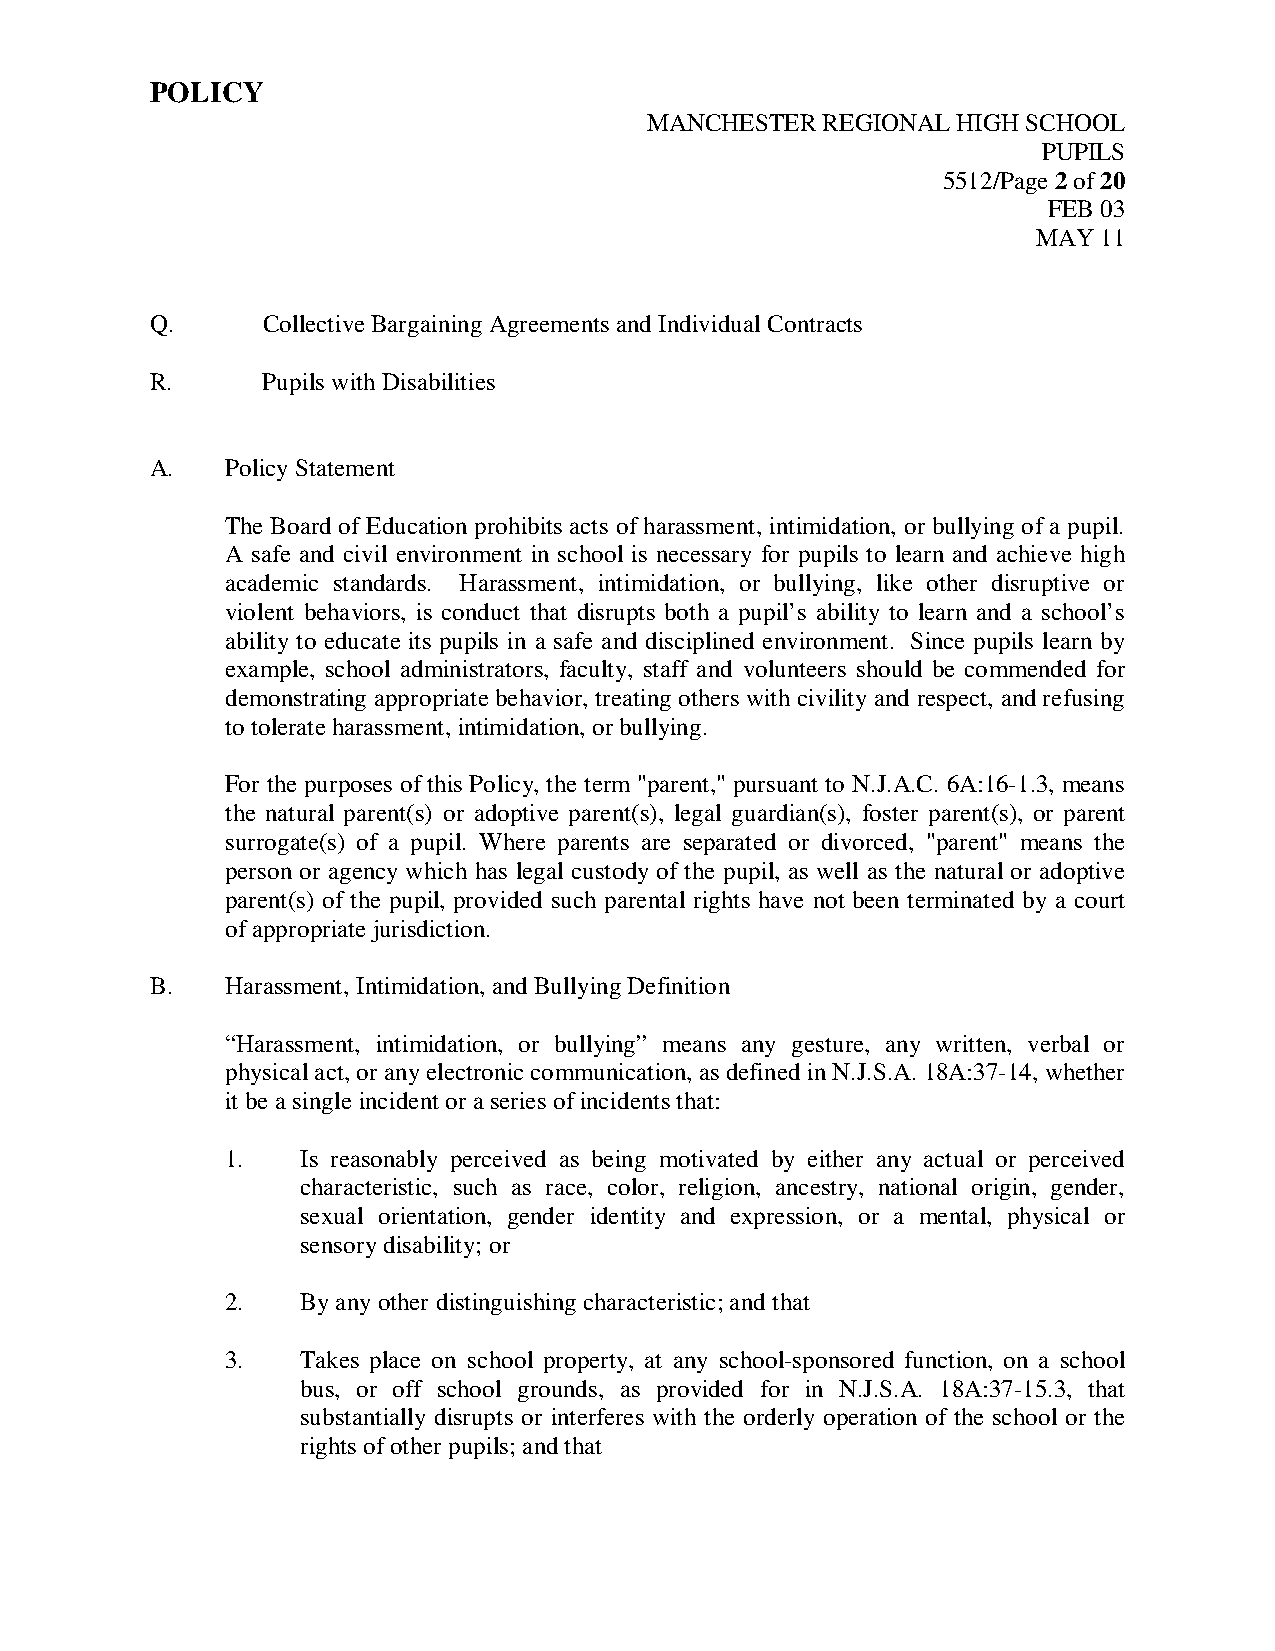
POLICY
 MANCHESTER REGIONAL HIGH SCHOOL
 PUPILS
 5512/Page 2 of 20
 FEB 03
 MAY 11
 Q.     Collective Bargaining Agreements and Individual Contracts
 R.     Pupils with Disabilities
 A.   Policy Statement
 The Board of Education prohibits acts of harassment, intimidation, or bullying of a pupil.
 A safe and civil environment in school is necessary for pupils to learn and achieve high
 academic standards. Harassment, intimidation, or bullying, like other disruptive or
 violent behaviors, is conduct that disrupts both a pupil’s ability to learn and a school’s
 ability to educate its pupils in a safe and disciplined environment. Since pupils learn by
 example, school administrators, faculty, staff and volunteers should be commended for
 demonstrating appropriate behavior, treating others with civility and respect, and refusing
 to tolerate harassment, intimidation, or bullying.
 For the purposes of this Policy, the term "parent," pursuant to N.J.A.C. 6A:16-1.3, means
 the natural parent(s) or adoptive parent(s), legal guardian(s), foster parent(s), or parent
 surrogate(s) of a pupil. Where parents are separated or divorced, "parent" means the
 person or agency which has legal custody of the pupil, as well as the natural or adoptive
 parent(s) of the pupil, provided such parental rights have not been terminated by a court
 of appropriate jurisdiction.
 B.   Harassment, Intimidation, and Bullying Definition
 “Harassment, intimidation, or bullying” means any gesture, any written, verbal or
 physical act, or any electronic communication, as defined in N.J.S.A. 18A:37-14, whether
 it be a single incident or a series of incidents that:
 1.   Is reasonably perceived as being motivated by either any actual or perceived
 characteristic, such as race, color, religion, ancestry, national origin, gender,
 sexual orientation, gender identity and expression, or a mental, physical or
 sensory disability; or
 2.   By any other distinguishing characteristic; and that
 3.   Takes place on school property, at any school-sponsored function, on a school
 bus, or off school grounds, as provided for in N.J.S.A. 18A:37-15.3, that
 substantially disrupts or interferes with the orderly operation of the school or the
 rights of other pupils; and that